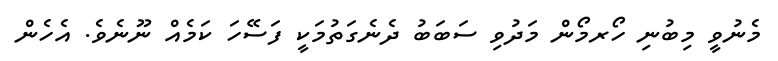
މެނުވީ މިބުނި ހޯރމޯން މަދުވި ސަބަބު ދެނެގަތުމަކީ ފަސޭހަ ކަމެއް ނޫނެވެ. އެހެން